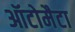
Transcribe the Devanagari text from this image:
ऑटोमैटा